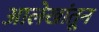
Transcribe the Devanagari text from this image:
आलेखांतून